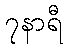
၇နာရီ